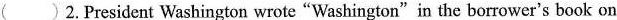
( )2.President Washington wrote"Washington"in the borrower's book on